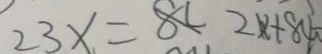
2 3 x = 8 L 2 x + 8 4 -